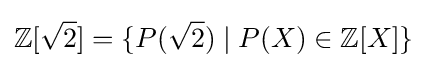
\mathbb {Z} [{\sqrt {2}}]=\{P({\sqrt {2}})\mid P(X)\in \mathbb {Z} [X]\}